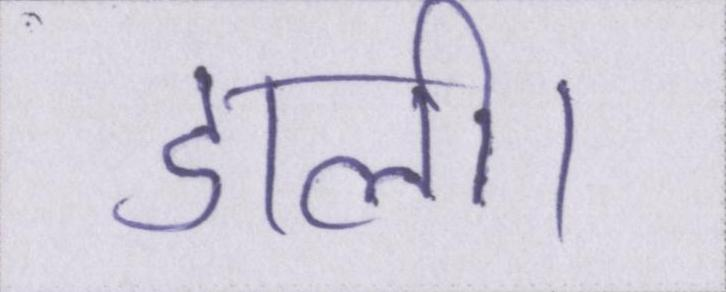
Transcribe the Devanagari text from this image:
डाली।